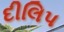
દીલિપ